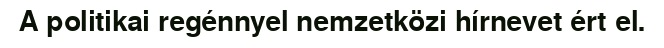
A politikai regénnyel nemzetközi hírnevet ért el.